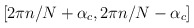
\begin{align*}[2\pi n/N +\alpha_{c}, 2\pi n/N -\alpha_{c}]\end{align*}